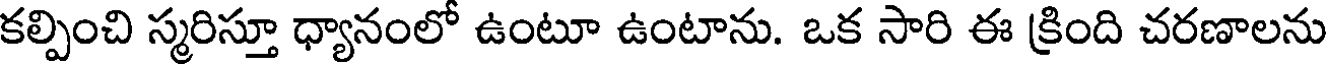
కల్పించి స్మరిస్తూ ధ్యానంలో ఉంటూ ఉంటాను. ఒక సారి ఈ క్రింది చరణాలను